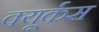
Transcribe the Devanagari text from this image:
क्यूर्कस